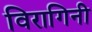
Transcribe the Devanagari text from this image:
विरागिनी